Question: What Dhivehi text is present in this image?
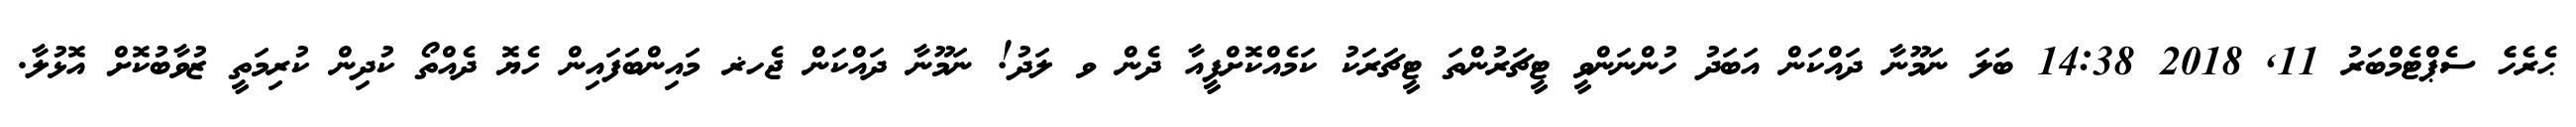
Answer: ޙެރެހެެ ސެޕްޓެމްބަރު 11, 2018 14:38 ބަލަ ނަމޫނާ ދައްކަން އަބަދު ހުންނަންވީ ޓީޗަރުންތަ ޓީޗަރަކު ކަމެއްކޮށްފީއާ ދެން ވ ލަދު! ނަމޫނާ ދައްކަން ޖެހޜ މައިންބަފައިން ހެޔޮ ދެއްތޯ ކުދިން ކުރިމަތީ ޒުވާބުކޮށް އޮޅުލާ.